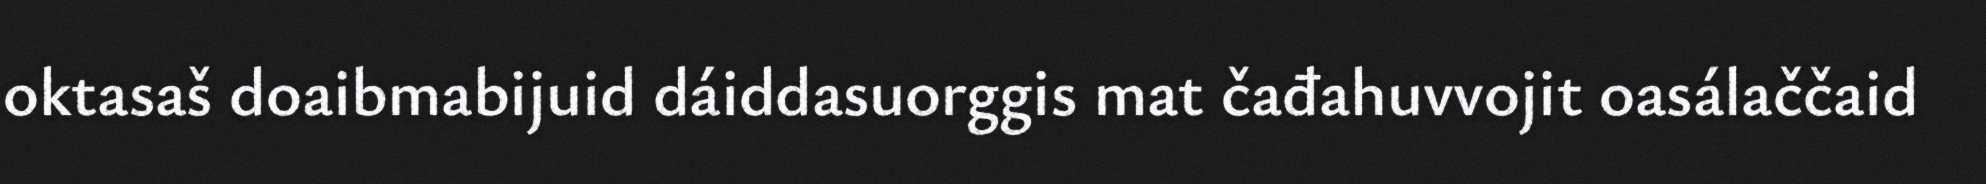
oktasaš doaibmabijuid dáiddasuorggis mat čađahuvvojit oasálaččaid